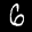
Label: 6